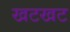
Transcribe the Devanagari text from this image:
खटखट